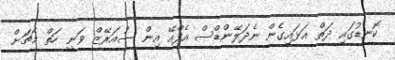
ކޮނޑުގައި ދަތް އަޅައިގެން ނެދަލޭންޑްސް އެފްއޭ އިން ސުއަރޭޒް ވަނީ ހަތް މެޗަށް